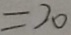
= 2 0